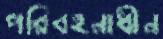
পরিবহনাধীন